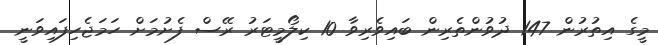
މީގެ އިތުރުން 147 ދުވުންތެރިން ބައިވެރިވާ 10 ކިލޯމީޓަރު ރޭސް ފެށުމަށް ހަމަޖެހިފައިވަނީ